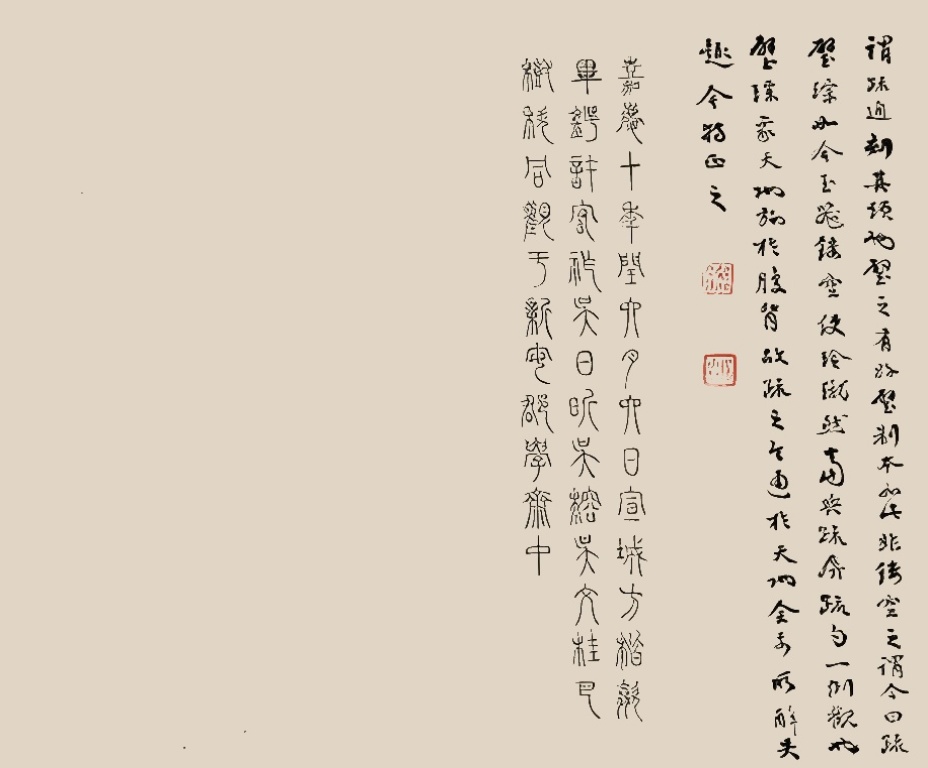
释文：琬圭图考书后。琬圭一以考定，古尺度之长九寸，博三寸……朗斋二兄余同年友也，蓄此圭图之于册，证以周官考工……嘉庆乙丑暮春既望，歙浦年愚弟程瑶田时年八十一。嘉庆十年闰六月六日，宣城方楷、歙毕锷、许宏祚、吴日昕、吴榕、吴文桂、巴树科同观于新安郡学斋中。